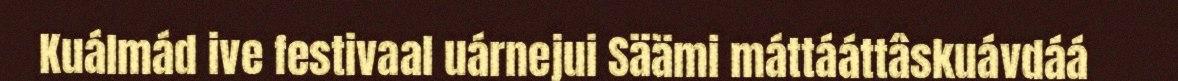
Kuálmád ive festivaal uárnejui Säämi máttááttâskuávdáá